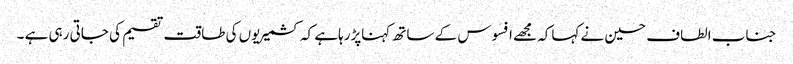
جناب الطاف حسین نے کہاکہ مجھے افسوس کے ساتھ کہناپڑرہاہے کہ کشمیریوں کی طاقت تقسیم کی جاتی رہی ہے ۔